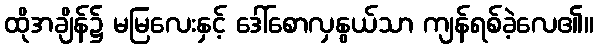
ထိုအချိန်၌ မမြလေးနှင့် ဒေါ်စောလှနွယ်သာ ကျန်ရစ်ခဲ့လေ၏။